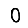
Digit: 0